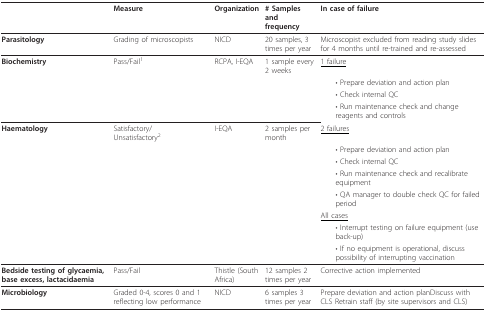
<table><thead><tr><td></td><td><b>Measure</b></td><td><b>Organization</b></td><td><b># Samples and frequency</b></td><td><b>In case of failure</b></td></tr></thead><tbody><tr><td><b>Parasitology</b></td><td>Grading of microscopists</td><td>NICD</td><td>20 samples, 3 times per year</td><td>Microscopist excluded from reading study slides for 4 months until re-trained and re-assessed</td></tr><tr><td><b>Biochemistry</b></td><td>Pass/Fail<sup>1</sup></td><td>RCPA, I-EQA</td><td>1 sample every 2 weeks</td><td><underline>1 failure</underline></td></tr><tr><td></td><td></td><td></td><td></td><td> • Prepare deviation and action plan</td></tr><tr><td></td><td></td><td></td><td></td><td> • Check internal QC</td></tr><tr><td></td><td></td><td></td><td></td><td> • Run maintenance check and change reagents and controls</td></tr><tr><td><b>Haematology</b></td><td>Satisfactory/Unsatisfactory<sup>2</sup></td><td>I-EQA</td><td>2 samples per month</td><td><underline>2 failures</underline></td></tr><tr><td></td><td></td><td></td><td></td><td> • Prepare deviation and action plan</td></tr><tr><td></td><td></td><td></td><td></td><td> • Check internal QC</td></tr><tr><td></td><td></td><td></td><td></td><td> • Run maintenance check and recalibrate equipment</td></tr><tr><td></td><td></td><td></td><td></td><td> • QA manager to double check QC for failed period</td></tr><tr><td></td><td></td><td></td><td></td><td><underline>All cases</underline></td></tr><tr><td></td><td></td><td></td><td></td><td> • Interrupt testing on failure equipment (use back-up)</td></tr><tr><td></td><td></td><td></td><td></td><td> • If no equipment is operational, discuss possibility of interrupting vaccination</td></tr><tr><td><b>Bedside testing of glycaemia, base excess, lactacidaemia</b></td><td>Pass/Fail</td><td>Thistle (South Africa)</td><td>12 samples 2 times per year</td><td>Corrective action implemented</td></tr><tr><td><b>Microbiology</b></td><td>Graded 0-4, scores 0 and 1 reflecting low performance</td><td>NICD</td><td>6 samples 3 times per year</td><td>Prepare deviation and action planDiscuss with CLS Retrain staff (by site supervisors and CLS)</td></tr></tbody></table>